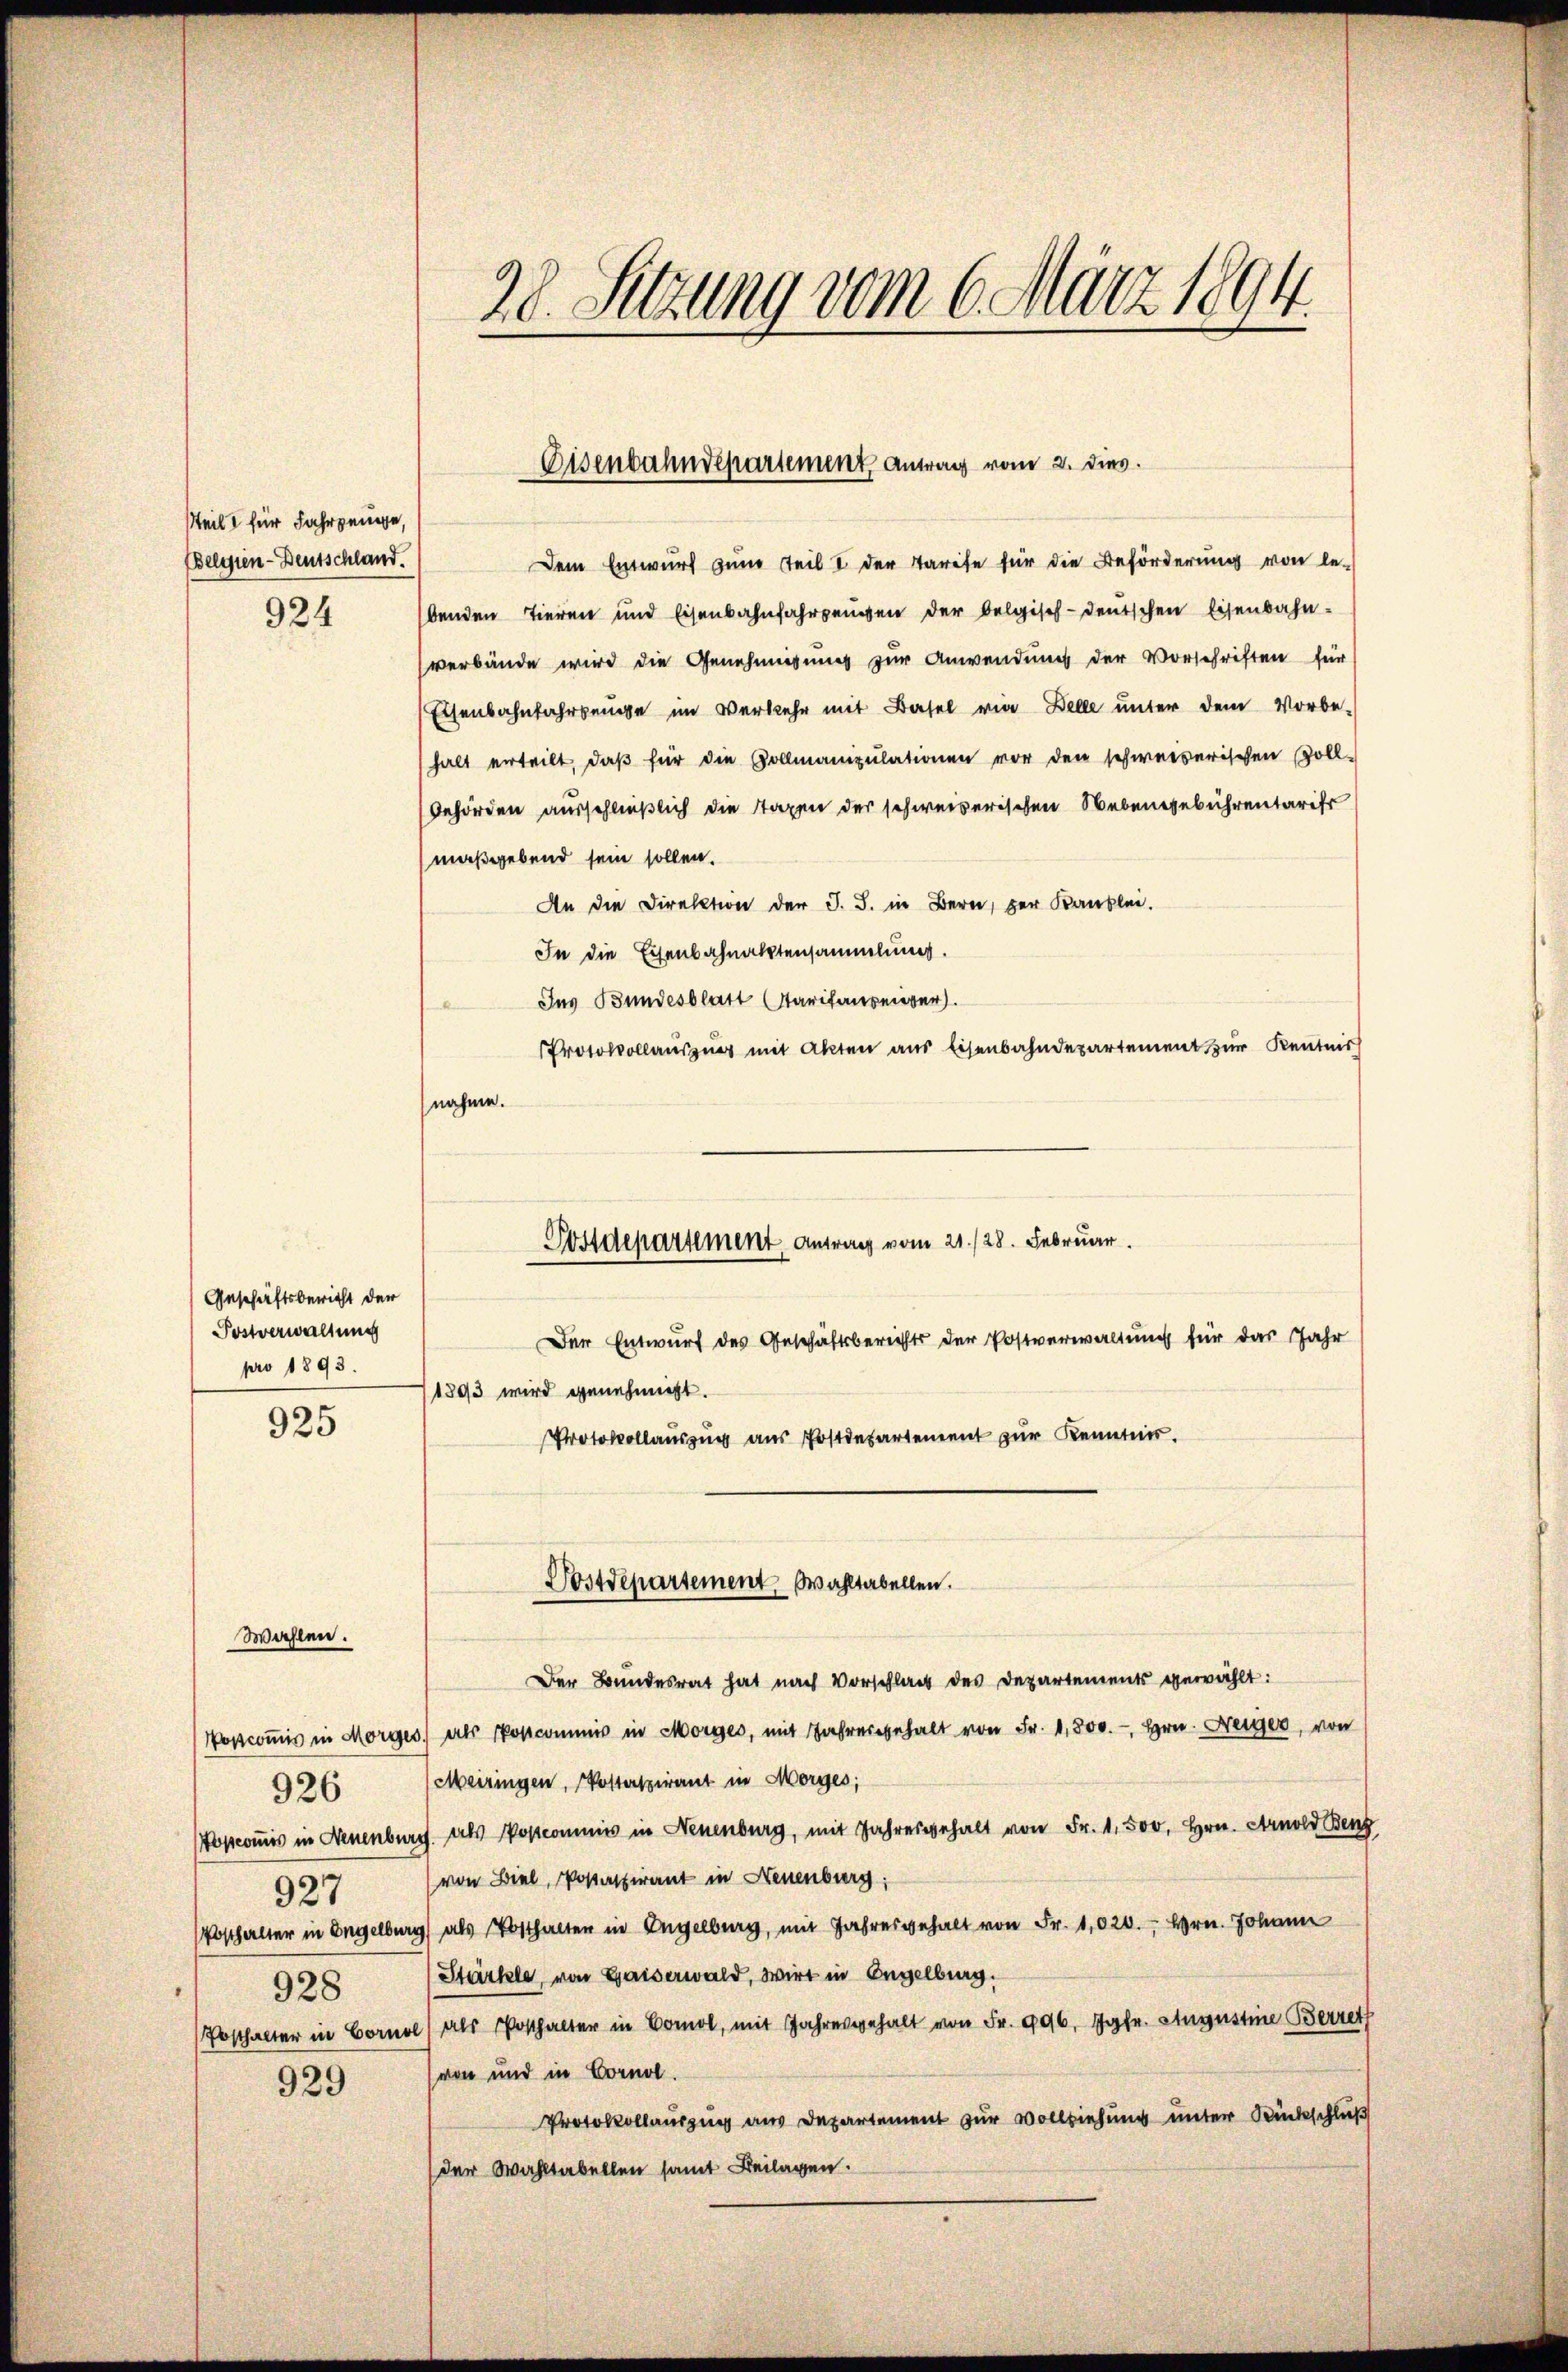
steilt für Jahrzeuge,
Belgien-Deutschland.
924

Geschäftsbericht der
Postverwaltung
pro 1893.

925

Wahlen.

927
928

926

929

Dem Entwurf zum Teil I der Tarife für die Beförderung von le-
benden Tieren und Eisenbahnfahrengen der belgisch-deutschen Eisenbahn-
verbände wird die Genehmigung zur Anwendung der Vorschriften für
Eisenbahnfahrenge im Verkehr mit Basel vier Belle unter dem Vorbe-
halt erteilt, daβ für die Vollmanipulationen vor den schweizerischen Zoll-
behörden ausschließlich die Taxen der schweizerischen Nebensgebührentarifs
maßgebend sein sollen.
An die Direktion der J. J. in Bern, der Kanzlei.
In die Eisenbahnaktensammlung.
Ins Bundesblatt (Tarifenseiner
Protokollauszug mit Akten aus Eisenbahndepartement zur Kenntnis
nahme.
Der Entwurf des Geschäftsberichts der Postverwaltung für das Jahr
/1893 wird genehmigt.
Protokollauszug aus Postdepartement zur Kenntnis.
Postdepartement Wahltabellen.
Der Bundesrat hat nach Vorschlag des Departements gewählt:
Voscoṁis in Morges, als Postcommis in Morges, mit Jahresgehalt von Fr. 1,800. Hrn. Neiger, von
Meiringen, Postaspirant in Morges;
Topcomis in Neuenburg. als Postcommiss in Neuenburg, mit Jahresgehalt von Fr. 1,500. Hrn. Arnold Benz
von Biel, Postatirant in Neuenburg;
Posthalter in Engelburg als Posthalter in Engelburg, mit Jahresgehalt von Fr. 1020. Hrn. Johann
Stärkte, von Gaiserwald, Wirt in Engelburg.
Posthalter in Corno als Posthalter in Bom, mit Jahresgehalt von Fr. 996 Jgfr. Augustine Berrath
von und in Cornol.
Protokollauszug aus Departement zur Vollziehung unter Rückschluß
der Wahltabellen samt Beilagen.

28. Sitzung vom 6. März 1894.

Eisenbahndepartement Antrag vom 2. dies.

Postdepartement Antrag vom 21./28. Februar.